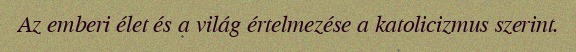
Az emberi élet és a világ értelmezése a katolicizmus szerint.